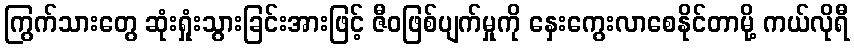
ကြွက်သားတွေ ဆုံးရှုံးသွားခြင်းအားဖြင့် ဇီဝဖြစ်ပျက်မှုကို နှေးကွေးလာစေနိုင်တာမို့ ကယ်လိုရီ